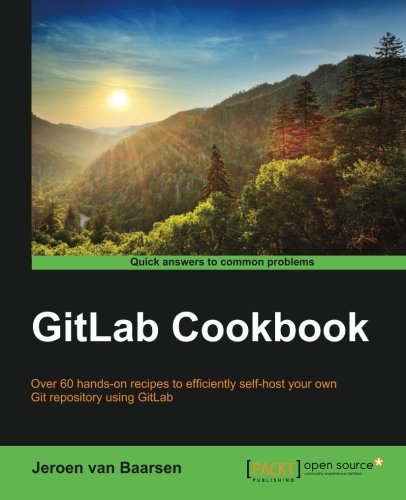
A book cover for GitLab Cookbook; Jeroen van Baarsen; Computers & Technology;